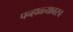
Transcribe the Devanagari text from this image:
पन्हाळ्यावरच